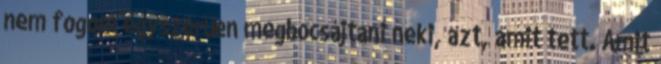
nem fogom egyszerűen megbocsájtani neki, azt, amit tett. Amit